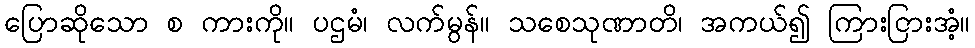
ပြောဆိုသော စ ကားကို။ ပဌမံ၊ လက်မွန်။ သစေသုဏာတိ၊ အကယ်၍ ကြားငြားအံ့။